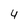
Character: 4